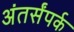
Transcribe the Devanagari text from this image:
अंतर्संपर्क